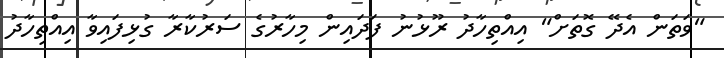
"ވަތަން އެދޭ ގޮތަށް" އިއްތިހާދު ރޫޅުނު ފަދައިން މިހާރުގެ ސަރުކާރާ ގުޅިފައިވާ އިއްތިހާދު